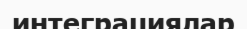
интеграциялар